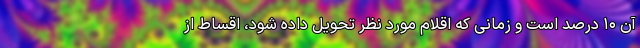
آن ۱۰ درصد است و زمانی که اقلام مورد نظر تحویل داده شود، اقساط از